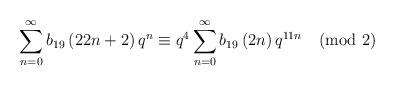
\begin{align*}\sum_{n=0}^{\infty}b_{19}\left(22n+2 \right)q^{n}\equiv q^{4}\sum_{n=0}^{\infty}b_{19}\left(2n\right)q^{11n} \pmod2\end{align*}